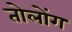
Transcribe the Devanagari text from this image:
तोलोंग